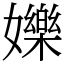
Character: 㜰